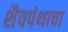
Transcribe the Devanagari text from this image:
शैवपंथाचा